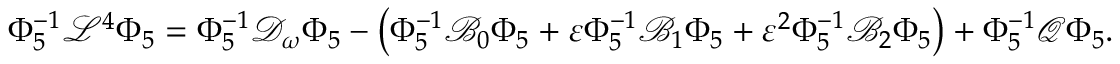
\begin{array} { r } { \Phi _ { 5 } ^ { - 1 } \mathcal { L } ^ { 4 } \Phi _ { 5 } = \Phi _ { 5 } ^ { - 1 } \mathcal { D } _ { \omega } \Phi _ { 5 } - \left( \Phi _ { 5 } ^ { - 1 } \mathcal { B } _ { 0 } \Phi _ { 5 } + \varepsilon \Phi _ { 5 } ^ { - 1 } \mathcal { B } _ { 1 } \Phi _ { 5 } + \varepsilon ^ { 2 } \Phi _ { 5 } ^ { - 1 } \mathcal { B } _ { 2 } \Phi _ { 5 } \right) + \Phi _ { 5 } ^ { - 1 } \mathcal { Q } \Phi _ { 5 } . } \end{array}